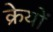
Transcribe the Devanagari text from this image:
क्रेयों